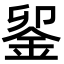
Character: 𨥫